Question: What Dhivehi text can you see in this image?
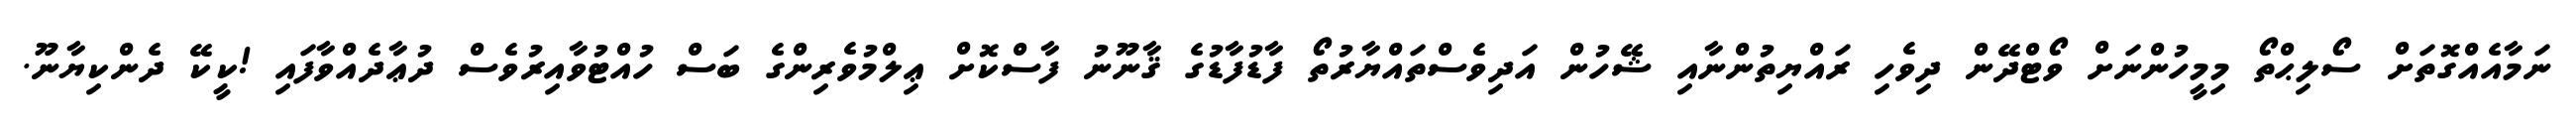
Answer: ނަމާއެއްގޮތަށް ސޯލިޙްތޯ މިމީހުންނަށް ވޯޓްދޭން ދިވެހި ރައްޔިތުންނާއި ޝޭހުން އަދިވެސްތައްޔާރުތޯ ފާޑުފާޑުގެ ޤާނޫނު ފާސްކޮށް ޢިލްމުވެރިންގެ ބަސް ހުއްޓުވާއިރުވެސް ދުޢާދެއްވާފައި !ކީކޭ ދެންކިޔާނޫ.